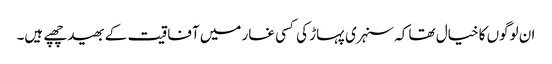
ان لوگوں کا خیال تھا کہ سنہری پہاڑ کی کسی غار میں آفاقیت کے بھید چھپے ہیں۔